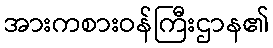
အားကစားဝန်ကြီးဌာန၏